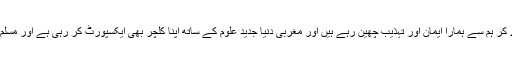
انہوں نے کہا کہ یورپ والے علم دے کر ہم سے ہمارا ایمان اور تہذیب چھین رہے ہیں اور مغربی دنیا جدید علوم کے ساتھ اپنا کلچر بھی ایکسپورٹ کر رہی ہے اور مسلم معاشرے اپنی شناخت کھو رہے ہیں۔